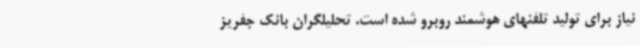
نیاز برای تولید تلفنهای هوشمند روبرو شده است. تحلیلگران بانک جفریز